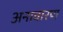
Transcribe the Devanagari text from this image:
अनावारण